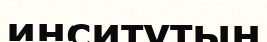
инситутын